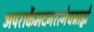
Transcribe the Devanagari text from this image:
अपरार्केमदनरत्नेचब्राह्मे